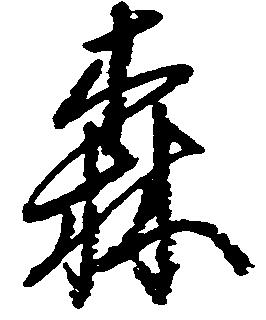
森